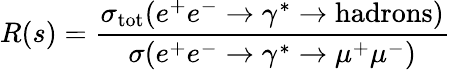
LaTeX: R(s)=\frac{\sigma_{\mathrm{tot}}(e^{+}e^{-}\rightarrow\gamma^{*}\rightarrow\mathrm{hadrons})}{\sigma(e^{+}e^{-}\rightarrow\gamma^{*}\rightarrow\mu^{+}\mu^{-})}